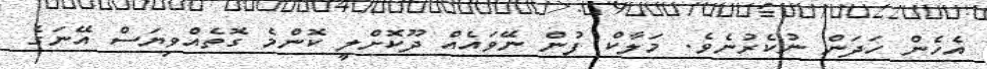
އެހެން ހަދަން ނުކެރުނެވެ. މަލާކް ފުން ނޭވައެއް ދޫކޮށްލީ ކޮންމެ ގޮތެއްވިޔަސް އޭނަގެ